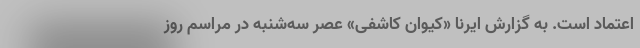
اعتماد است. به گزارش ایرنا «کیوان کاشفی» عصر سه‌شنبه در مراسم روز